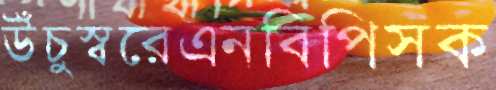
উঁচুস্বরেএনবিপিসক